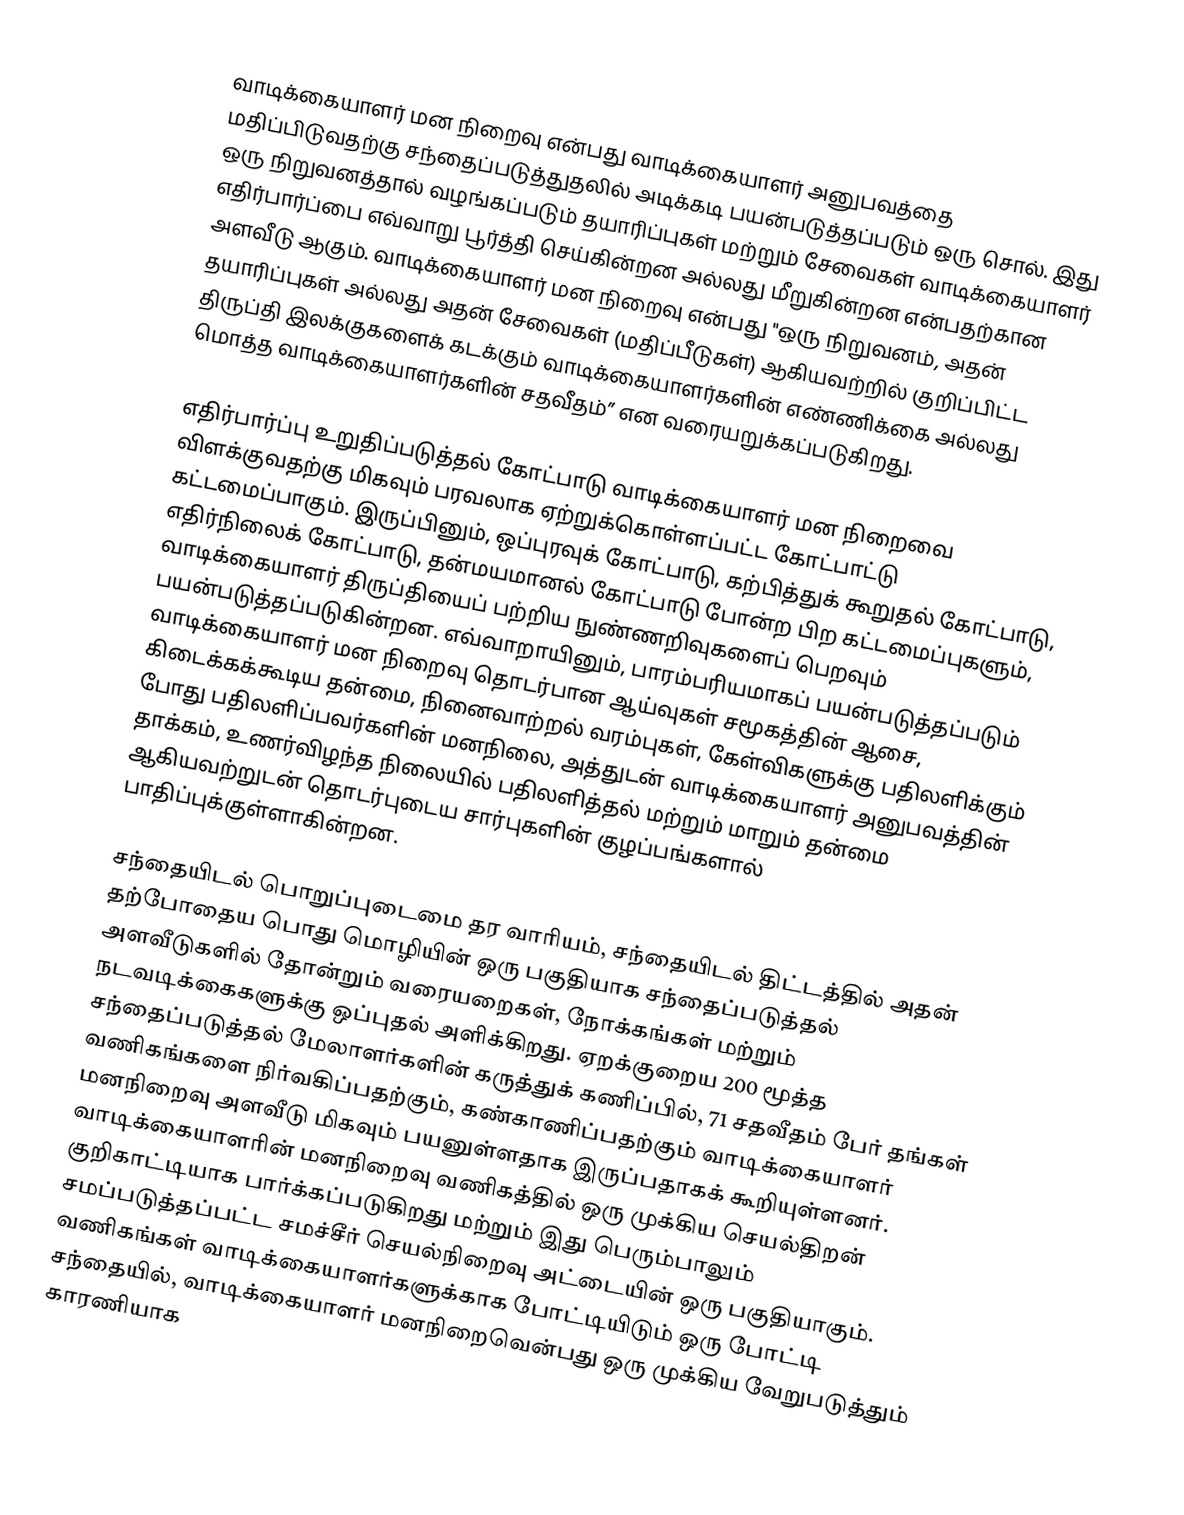
வாடிக்கையாளர் மன நிறைவு என்பது வாடிக்கையாளர் அனுபவத்தை மதிப்பிடுவதற்கு சந்தைப்படுத்துதலில் அடிக்கடி பயன்படுத்தப்படும் ஒரு சொல். இது ஒரு நிறுவனத்தால் வழங்கப்படும் தயாரிப்புகள் மற்றும் சேவைகள் வாடிக்கையாளர் எதிர்பார்ப்பை எவ்வாறு பூர்த்தி செய்கின்றன அல்லது மீறுகின்றன என்பதற்கான அளவீடு ஆகும். வாடிக்கையாளர் மன நிறைவு என்பது "ஒரு நிறுவனம், அதன் தயாரிப்புகள் அல்லது அதன் சேவைகள் (மதிப்பீடுகள்) ஆகியவற்றில் குறிப்பிட்ட திருப்தி இலக்குகளைக் கடக்கும் வாடிக்கையாளர்களின் எண்ணிக்கை அல்லது மொத்த வாடிக்கையாளர்களின் சதவீதம்” என வரையறுக்கப்படுகிறது.

எதிர்பார்ப்பு உறுதிப்படுத்தல் கோட்பாடு வாடிக்கையாளர் மன நிறைவை விளக்குவதற்கு மிகவும் பரவலாக ஏற்றுக்கொள்ளப்பட்ட கோட்பாட்டு கட்டமைப்பாகும். இருப்பினும், ஒப்புரவுக் கோட்பாடு, கற்பித்துக் கூறுதல் கோட்பாடு, எதிர்நிலைக் கோட்பாடு, தன்மயமானல் கோட்பாடு போன்ற பிற கட்டமைப்புகளும், வாடிக்கையாளர் திருப்தியைப் பற்றிய நுண்ணறிவுகளைப் பெறவும் பயன்படுத்தப்படுகின்றன. எவ்வாறாயினும், பாரம்பரியமாகப் பயன்படுத்தப்படும் வாடிக்கையாளர் மன நிறைவு தொடர்பான ஆய்வுகள் சமூகத்தின் ஆசை, கிடைக்கக்கூடிய தன்மை, நினைவாற்றல் வரம்புகள், கேள்விகளுக்கு பதிலளிக்கும் போது பதிலளிப்பவர்களின் மனநிலை, அத்துடன் வாடிக்கையாளர் அனுபவத்தின் தாக்கம், உணர்விழந்த நிலையில் பதிலளித்தல் மற்றும் மாறும் தன்மை ஆகியவற்றுடன் தொடர்புடைய சார்புகளின் குழப்பங்களால் பாதிப்புக்குள்ளாகின்றன.

சந்தையிடல் பொறுப்புடைமை தர வாரியம், சந்தையிடல் திட்டத்தில் அதன் தற்போதைய பொது மொழியின் ஒரு பகுதியாக சந்தைப்படுத்தல் அளவீடுகளில் தோன்றும் வரையறைகள், நோக்கங்கள் மற்றும் நடவடிக்கைகளுக்கு ஒப்புதல் அளிக்கிறது. ஏறக்குறைய 200 மூத்த சந்தைப்படுத்தல் மேலாளர்களின் கருத்துக் கணிப்பில், 71 சதவீதம் பேர் தங்கள் வணிகங்களை நிர்வகிப்பதற்கும், கண்காணிப்பதற்கும் வாடிக்கையாளர் மனநிறைவு அளவீடு மிகவும் பயனுள்ளதாக இருப்பதாகக் கூறியுள்ளனர். வாடிக்கையாளரின் மனநிறைவு வணிகத்தில் ஒரு முக்கிய செயல்திறன் குறிகாட்டியாக பார்க்கப்படுகிறது மற்றும் இது பெரும்பாலும் சமப்படுத்தப்பட்ட சமச்சீர் செயல்நிறைவு அட்டையின் ஒரு பகுதியாகும். வணிகங்கள் வாடிக்கையாளர்களுக்காக போட்டியிடும் ஒரு போட்டி சந்தையில், வாடிக்கையாளர் மனநிறைவென்பது ஒரு முக்கிய வேறுபடுத்தும் காரணியாக